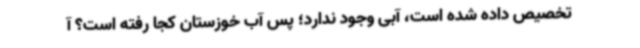
تخصیص داده شده است، آبی وجود ندارد؛ پس آب خوزستان کجا رفته است؟ آ